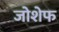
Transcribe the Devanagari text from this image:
जोशेफ